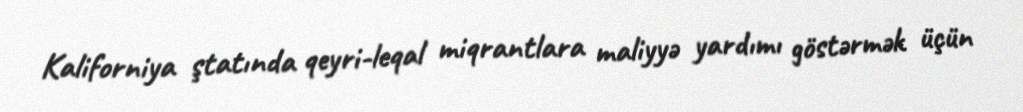
Kaliforniya ştatında qeyri-leqal miqrantlara maliyyə yardımı göstərmək üçün